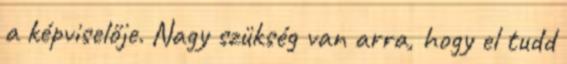
a képviselője. Nagy szükség van arra, hogy el tudd